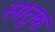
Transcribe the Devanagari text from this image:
सातुक